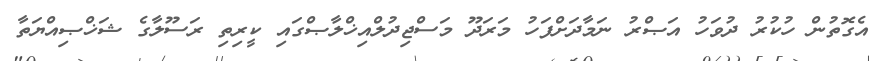
އެގޮތުން ހުކުރު ދުވަހު އަޞްރު ނަމާދަށްފަހު މަރަދޫ މަސްޖިދުލްއިޚްލާޞްގައި ކީރިތި ރަސޫލާގެ ޝަޚްޞިއްޔަތާ